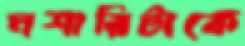
মশারিটাকে